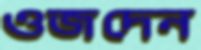
ওজদেন